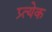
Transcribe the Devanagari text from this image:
प्र्त्येक